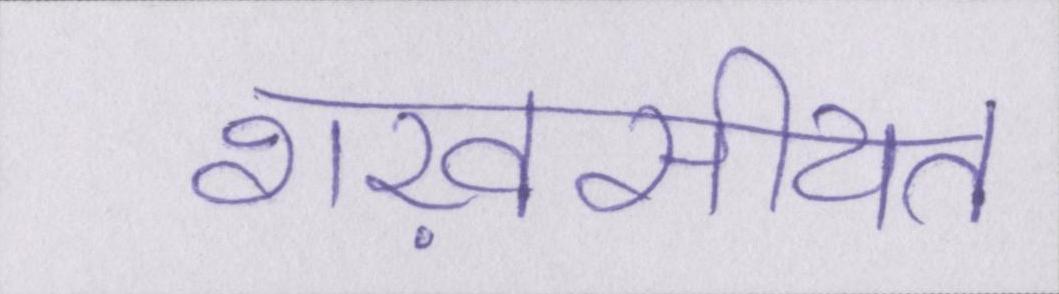
शख़सीयत